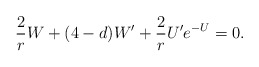
\begin{align*}\frac{2}{r}W+(4-d)W^{\prime }+\frac{2}{r}U^{\prime }e^{-U}=0.\end{align*}